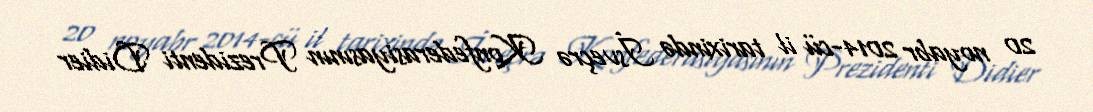
20 noyabr 2014-cü il tarixində İsveçrə Konfederasiyasının Prezidenti Didier